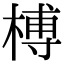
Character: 榑